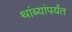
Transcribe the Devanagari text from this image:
थांब्यांपर्यंत